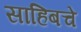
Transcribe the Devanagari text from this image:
साहिबचे